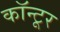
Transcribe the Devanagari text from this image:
कॉन्टूर